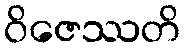
ဝိဇေဿတိ